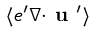
\langle { e ^ { \prime } { \boldsymbol { \nabla } } { \boldsymbol { \cdot } } { \textbf { u } } ^ { \prime } } \rangle